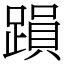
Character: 䠝